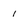
Character: i